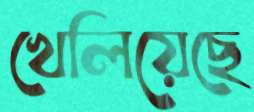
খেলিয়েছে